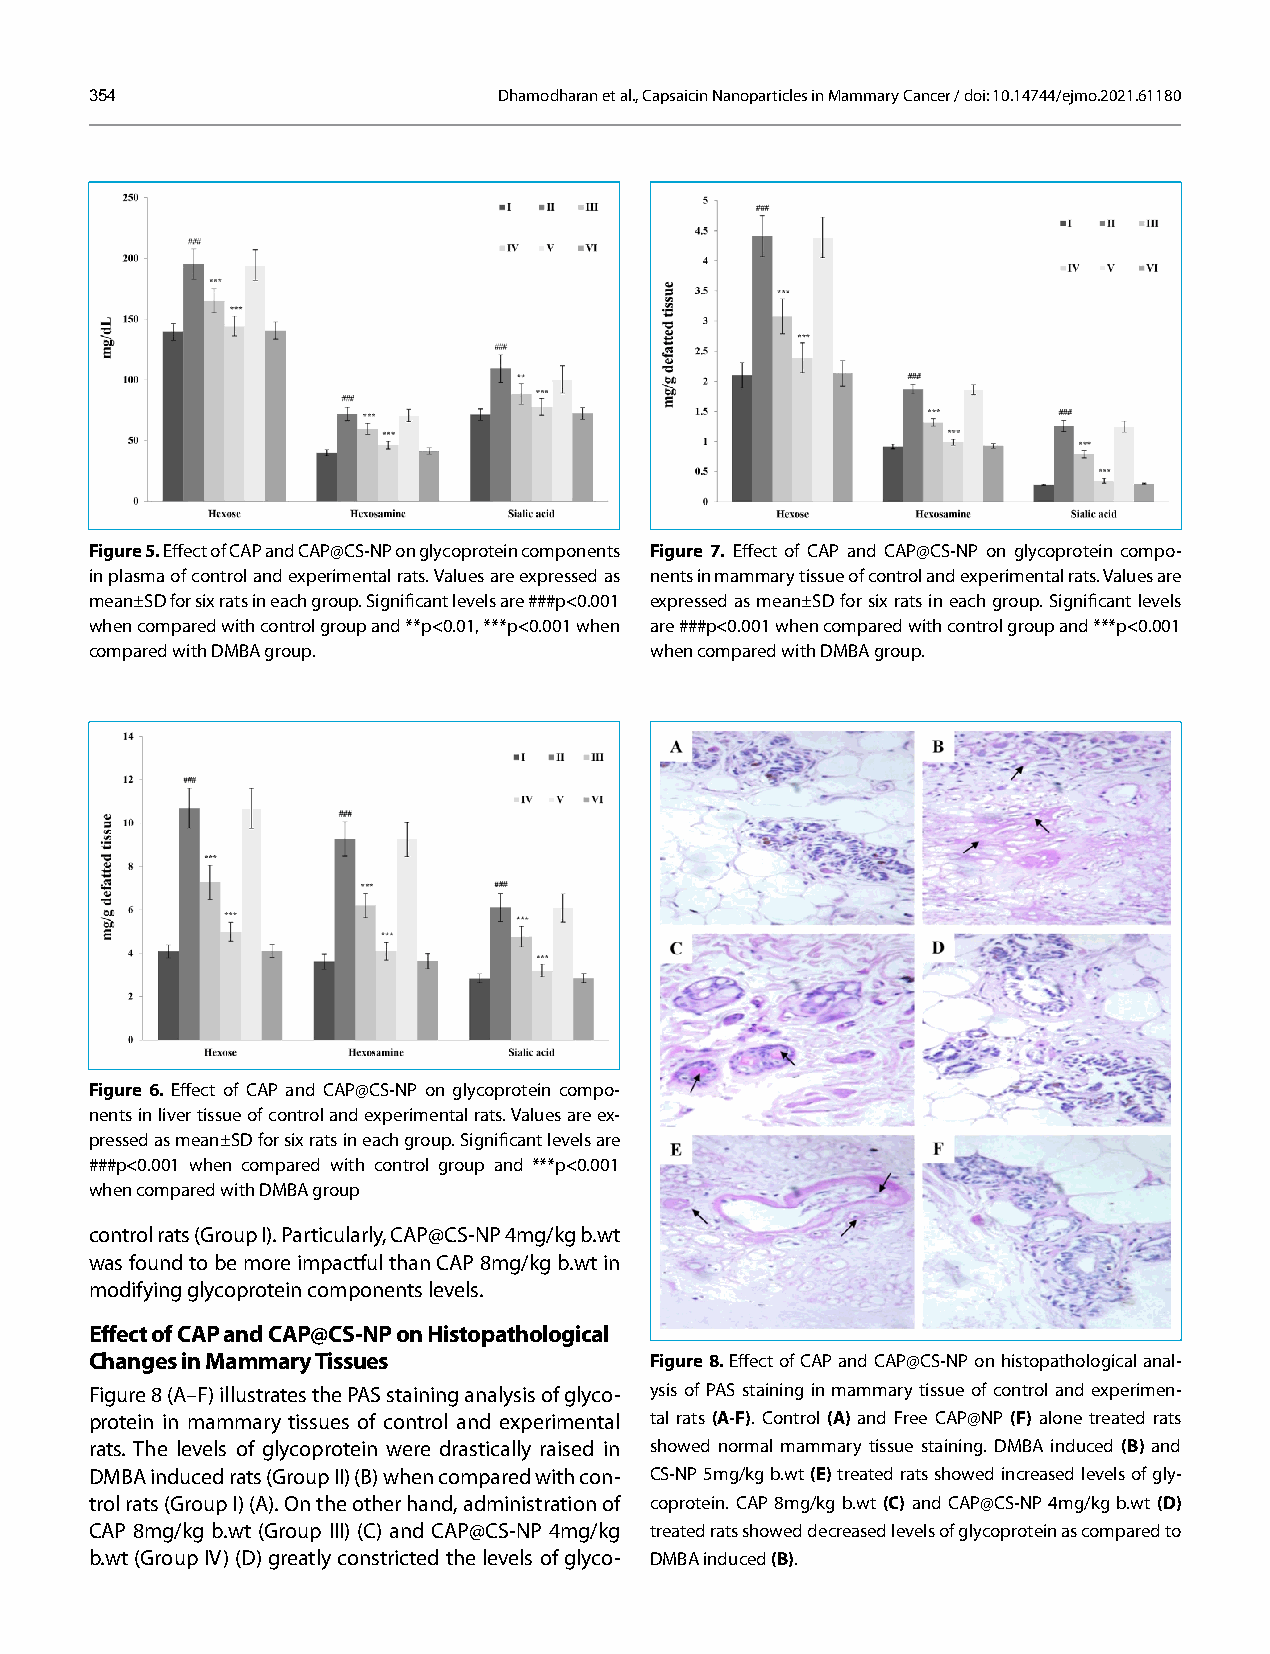
354                        Dhamodharan et al., Capsaicin Nanoparticles in Mammary Cancer / doi: 10.14744/ejmo.2021.61180
 Figure 5. Effect of CAP and CAP@CS-NP on glycoprotein components Figure 7. Effect of CAP and CAP@CS-NP on glycoprotein compo-
 in plasma of control and experimental rats. Values are expressed as nents in mammary tissue of control and experimental rats. Values are
 mean±SD for six rats in each group. Significant levels are ###p<0.001 expressed as mean±SD for six rats in each group. Significant levels
 when compared with control group and **p<0.01, ***p<0.001 when are ###p<0.001 when compared with control group and ***p<0.001
 compared with DMBA group.            when compared with DMBA group.
 Figure 6. Effect of CAP and CAP@CS-NP on glycoprotein compo-
 nents in liver tissue of control and experimental rats. Values are ex-
 pressed as mean±SD for six rats in each group. Significant levels are
 ###p<0.001 when compared with control group and ***p<0.001
 when compared with DMBA group
 control rats (Group I). Particularly, CAP@CS-NP 4mg/kg b.wt
 was found to be more impactful than CAP 8mg/kg b.wt in
 modifying glycoprotein components levels.
 Effect of CAP and CAP@CS-NP on Histopathological
 Changes in Mammary Tissues           Figure 8. Effect of CAP and CAP@CS-NP on histopathological anal-
 Figure 8 (A–F) illustrates the PAS staining analysis of glyco- ysis of PAS staining in mammary tissue of control and experimen-
 protein in mammary tissues of control and experimental tal rats (A-F). Control (A) and Free CAP@NP (F) alone treated rats
 rats. The levels of glycoprotein were drastically raised in showed normal mammary tissue staining. DMBA induced (B) and
 DMBA induced rats (Group II) (B) when compared with con- CS-NP 5mg/kg b.wt (E) treated rats showed increased levels of gly-
 trol rats (Group I) (A). On the other hand, administration of coprotein. CAP 8mg/kg b.wt (C) and CAP@CS-NP 4mg/kg b.wt (D)
 CAP 8mg/kg b.wt (Group III) (C) and CAP@CS-NP 4mg/kg treated rats showed decreased levels of glycoprotein as compared to
 b.wt (Group IV) (D) greatly constricted the levels of glyco- DMBA induced (B).